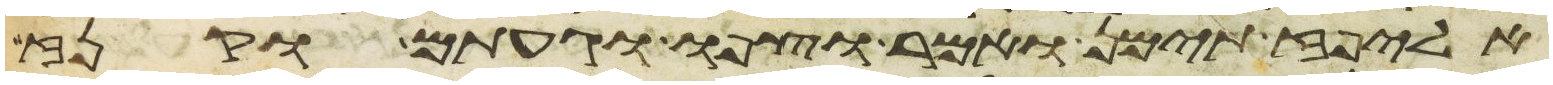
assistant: אליפז תימן ואמר וצפו וגעתם וקנז